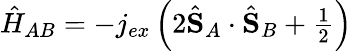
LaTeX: \begin{array}{r}{\hat{H}_{AB}=-j_{ex}\left(2\hat{\mathbf S}_{A}\cdot\hat{\mathbf S}_{B}+\frac{1}{2}\right)}\end{array}